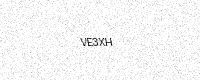
Text: VE3XH